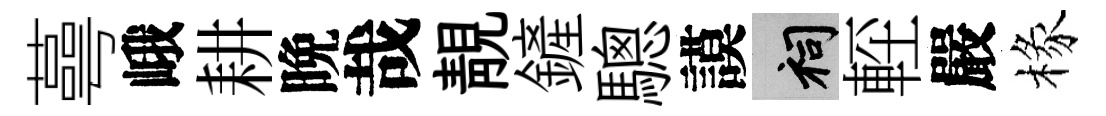
蕚峨耕晩哉靚鏟驄謨祠䡖嚴椽